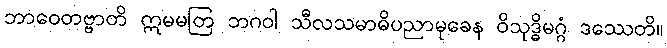
ဘာဝေတဗ္ဗာတိ ဣမမတြ ဘဂဝါ သီလသမာဓိပညာမုခေန ဝိသုဒ္ဓိမဂ္ဂံ ဒဿေတိ။